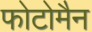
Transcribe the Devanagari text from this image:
फोटोमैन